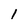
Character: 1